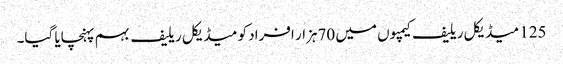
125 میڈیکل ریلیف کیمپوں میں 70ہزار افراد کو میڈیکل ریلیف بہم پہنچایا گیا۔